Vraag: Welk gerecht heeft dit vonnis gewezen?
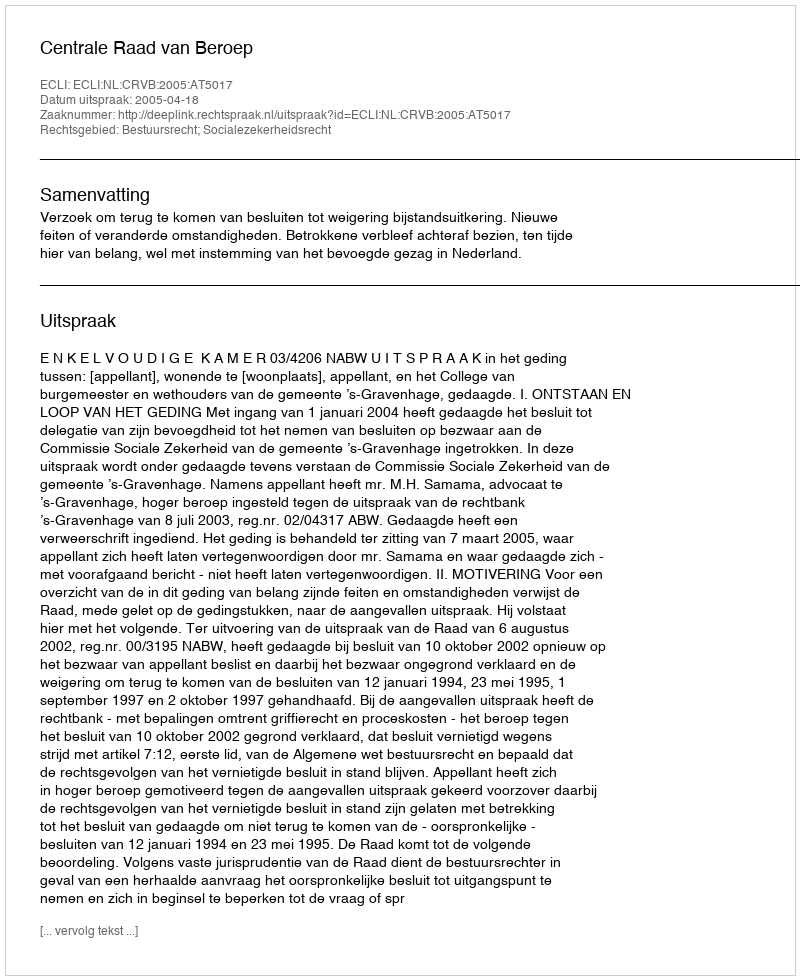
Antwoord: Centrale Raad van Beroep